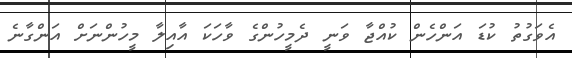
އެވަގުތު ކުޑަ އަންހެން ކުއްޖާ ވަނީ ދެމީހުންގެ ވާހަކަ އާއިލާ މީހުންނަށް އަންގާނެ